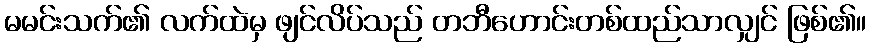
မမင်းသက်၏ လက်ထဲမှ ဖျင်လိပ်သည် တဘီဟောင်းတစ်ထည်သာလျှင် ဖြစ်၏။